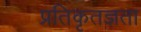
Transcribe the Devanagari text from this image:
प्रतिकृतज्ञता